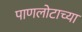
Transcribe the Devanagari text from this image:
पाणलोटाच्या